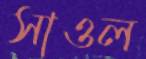
সাওল